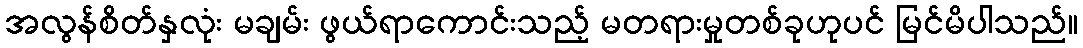
အလွန်စိတ်နှလုံး မချမ်း ဖွယ်ရာကောင်းသည့် မတရားမှုတစ်ခုဟုပင် မြင်မိပါသည်။